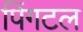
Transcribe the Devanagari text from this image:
पिंगटल